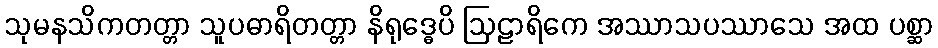
သုမနသိကတတ္တာ သူပဓာရိတတ္တာ နိရုဒ္ဓေပိ ဩဠာရိကေ အဿာသပဿာသေ အထ ပစ္ဆာ